Annual report on the working of the Harcourt Butler Institute of Public Health, Rangoon
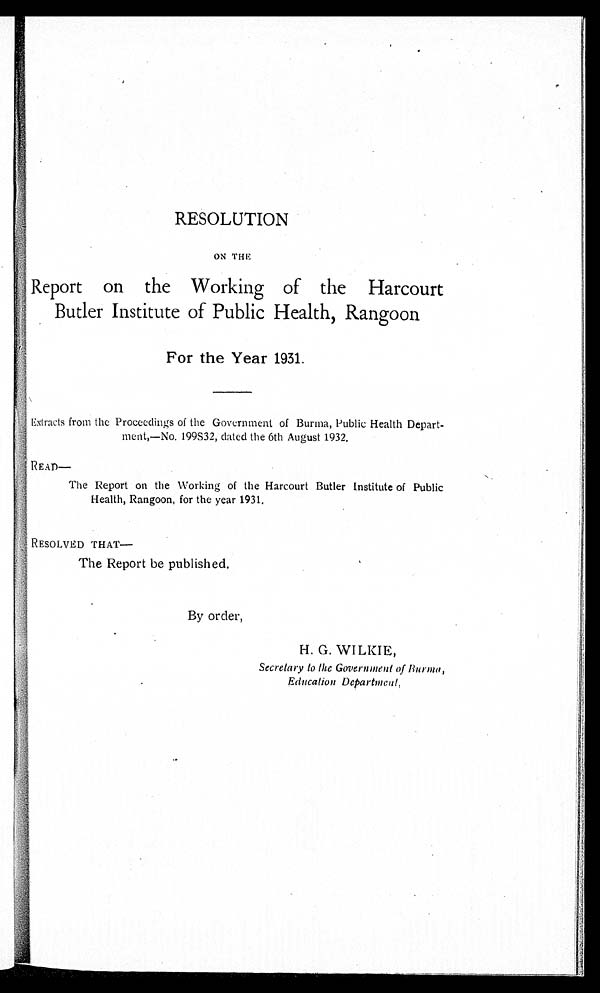
RESOLUTION
ON THE
Report on the Working of the Harcourt
Butler Institute of Public Health, Rangoon
For the Year 1931.
Extracts from the Proceedings of the Government of Burma, Public Health Depart-
-ment,—No. 199S32, dated the 6th August 1932.
READ—
The Report on the Working of the Harcourt Butler Institute of Public
Health, Rangoon, for the year 1931.
RESOLVED THAT—
The Report be published.
By order,
H. G. WILKIE,
Secretary to the Government of Burma,
Education Department,